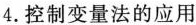
4.控制变量法的应用